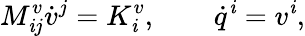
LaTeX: M_{\mathit{i}j}^{v}\dot{{v}}^{j}=K_{\mathit{i}}^{v},\qquad\dot{{q}}^{\mathit{i}}=v^{\mathit{i}},